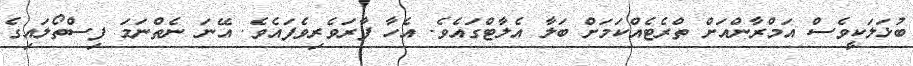
ބުޅަލަކީވެސް އަމްރާންއަށް ތްރެޓެއްކަމަށް ބަލާ އެލާޓްގައެވެ. އެހާ ފާރަވެރިވެފައެވެ. އޭނަ ނެތްނަމަ ފިސްތޯލައިގެ